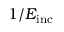
1 / E _ { \mathrm { i n c } }